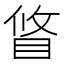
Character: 䀺